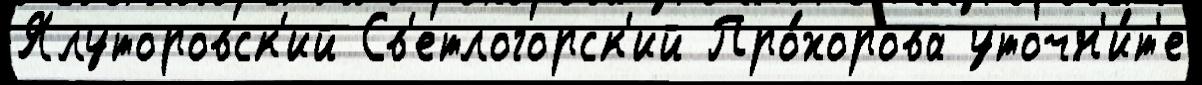
Ялуторовск'ий Св'етлогорск'ий Про́хорова уточн'и́т'е